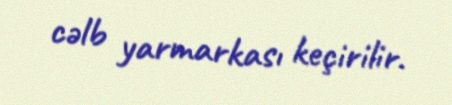
cəlb yarmarkası keçirilir.